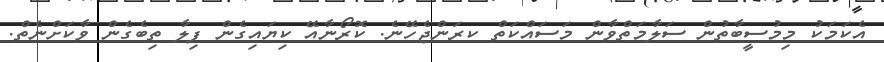
އެކަމަކު މިމުސީބާތުން ސަލާމަތްވާން މަސައްކަތް ކރަންޖެހޭނެ. ކޮރޯނާއޭ ކިޔައިގެން ފިލާ ތިބެގެން ވާކަށްނެތް.